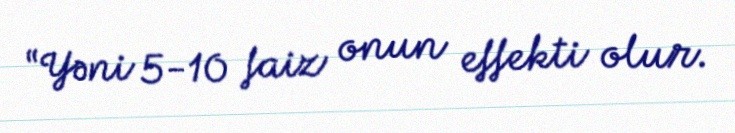
“Yəni 5-10 faiz onun effekti olur.